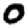
Digit: 0